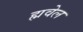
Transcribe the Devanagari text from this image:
ह्मवेल